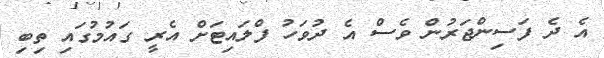
އެ ދެ ފަސިންޖަރުން ވެސް އެ ދުވަހު ފްލައިޓަށް އެރީ ގައުމުގައި ތިބި